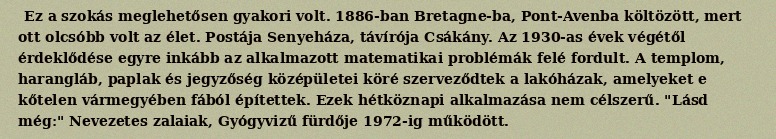
Ez a szokás meglehetősen gyakori volt. 1886-ban Bretagne-ba, Pont-Avenba költözött, mert ott olcsóbb volt az élet. Postája Senyeháza, távírója Csákány. Az 1930-as évek végétől érdeklődése egyre inkább az alkalmazott matematikai problémák felé fordult. A templom, harangláb, paplak és jegyzőség középületei köré szerveződtek a lakóházak, amelyeket e kőtelen vármegyében fából építettek. Ezek hétköznapi alkalmazása nem célszerű. "Lásd még:" Nevezetes zalaiak, Gyógyvizű fürdője 1972-ig működött.